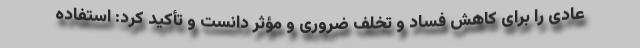
عادی را برای کاهش فساد و تخلف ضروری و مؤثر دانست و تأکید کرد: استفاده